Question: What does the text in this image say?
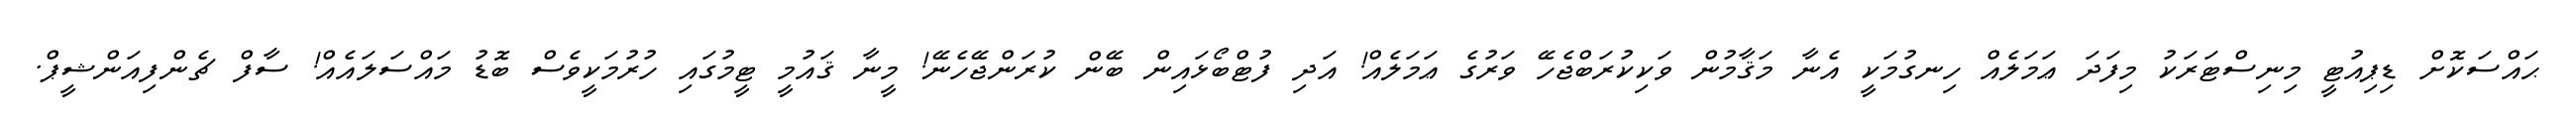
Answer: ޙައްސަކޮށް ޑިޕިއުޓީ މިނިސްޓަރަކު މިފަދަ ޢަމަލެއް ހިނގުމަކީ އެނާ މަޤާމުން ވަކިކުރަބްޖެހޭ ވަރުގެ ޢަމަލެއް! އަދި ފުޓްބޯޅައިން ބޭން ކުރަންޖޭހެނޭ! މީނާ ޤައުމީ ޓީމުގައި ހުރުމަކީވެސް ބޮޑު މައްސަލައެއް! ސާފް ޗެންފިއަންޝީޕް.